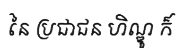
នៃ ប្រជាជន ហិណ្ឌូ ក៏